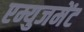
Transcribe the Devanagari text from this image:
एम्युजमेंट